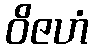
ဝိဇဟံ